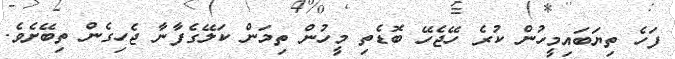
ފަހެ ތިޔަބައިމީހުން ކުރެ ހޭޖެހޭ ބޮޑެތި މީހުން ތިމަން ކަލޭގެފާނާ ޖެހިގެން ތިބޭށެވެ.